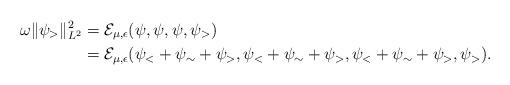
LaTeX: \begin{align*}\omega \|\psi_{>}\|_{L^2}^2&=\mathcal E_{\mu, \epsilon}(\psi, \psi, \psi, \psi_>)\\&=\mathcal E_{\mu, \epsilon}(\psi_<+\psi_\sim+\psi_>,\psi_<+\psi_\sim+\psi_>, \psi_<+\psi_\sim+\psi_>, \psi_>).\end{align*}